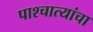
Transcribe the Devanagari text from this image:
पाश्चात्यांचा